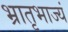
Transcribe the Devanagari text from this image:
भ्रातृभाज्यं